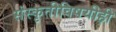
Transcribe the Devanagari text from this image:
संस्कृतीविषयीही